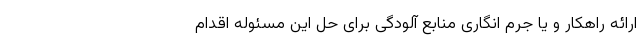
ارائه راهکار و یا جرم انگاری منابع آلودگی برای حل این مسئوله اقدام